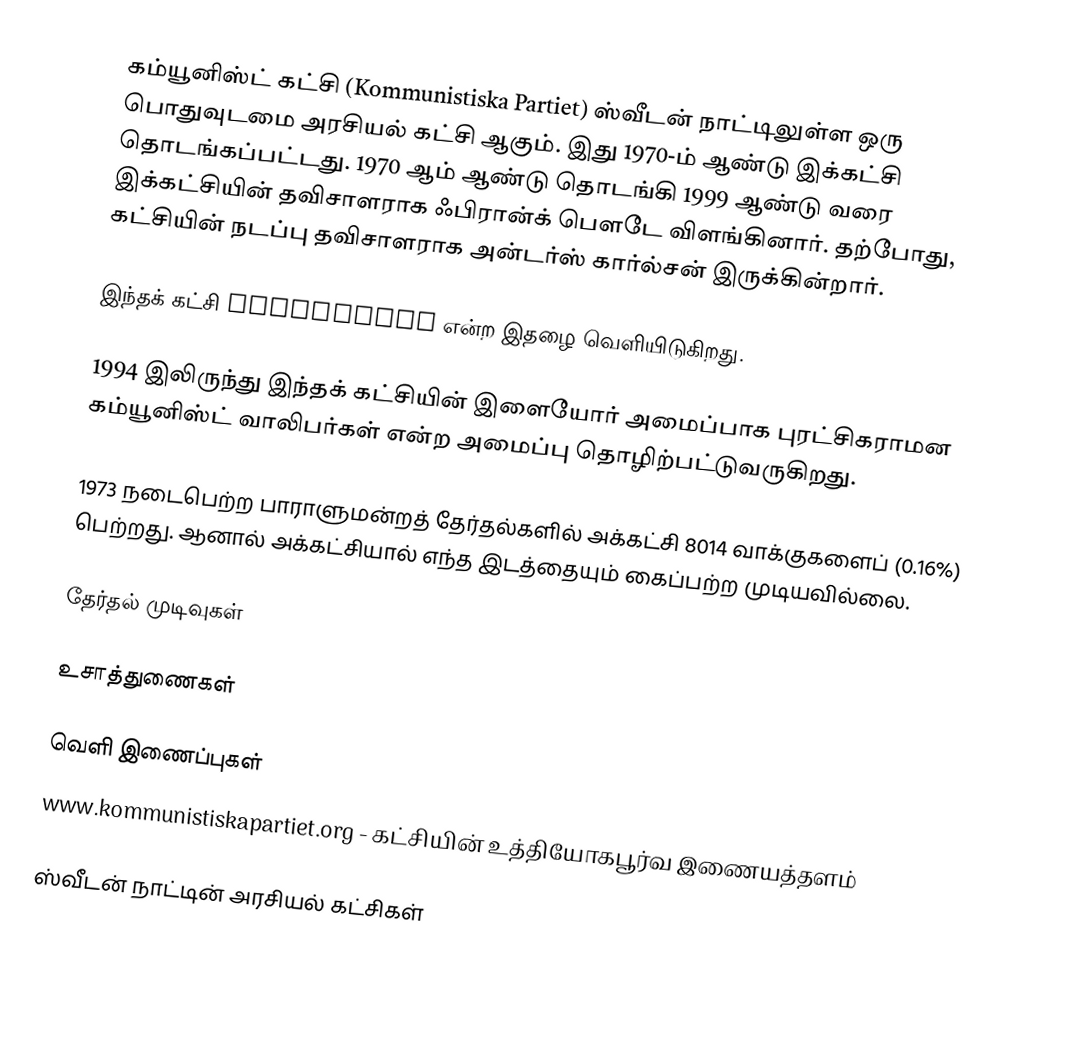
கம்யூனிஸ்ட் கட்சி (Kommunistiska Partiet) ஸ்வீடன் நாட்டிலுள்ள ஒரு பொதுவுடமை அரசியல் கட்சி ஆகும். இது 1970-ம் ஆண்டு இக்கட்சி தொடங்கப்பட்டது. 1970 ஆம் ஆண்டு தொடங்கி 1999 ஆண்டு வரை இக்கட்சியின் தவிசாளராக ஃபிரான்க் பௌடே விளங்கினார். தற்போது, கட்சியின் நடப்பு தவிசாளராக அன்டர்ஸ் கார்ல்சன் இருக்கின்றார்.

இந்தக் கட்சி Proletären என்ற இதழை வெளியிடுகிறது.

1994 இலிருந்து இந்தக் கட்சியின் இளையோர் அமைப்பாக புரட்சிகராமன கம்யூனிஸ்ட் வாலிபர்கள் என்ற அமைப்பு தொழிற்பட்டுவருகிறது.

1973 நடைபெற்ற பாராளுமன்றத் தேர்தல்களில் அக்கட்சி 8014 வாக்குகளைப் (0.16%) பெற்றது. ஆனால் அக்கட்சியால் எந்த இடத்தையும் கைப்பற்ற முடியவில்லை.

தேர்தல் முடிவுகள்

உசாத்துணைகள்

வெளி இணைப்புகள்
 www.kommunistiskapartiet.org - கட்சியின் உத்தியோகபூர்வ இணையத்தளம்

ஸ்வீடன் நாட்டின் அரசியல் கட்சிகள்